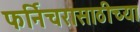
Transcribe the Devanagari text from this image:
फर्निचरासाठीच्या